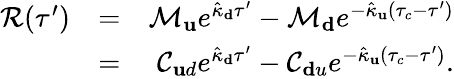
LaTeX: \begin{array}{rlr}{\mathcal{R}(\tau^{\prime})}&{=}&{\mathcal{M}_{\mathbf u}e^{\hat{\kappa}_{\mathbf d}\tau^{\prime}}-\mathcal{M}_{\mathbf d}e^{-\hat{\kappa}_{\mathbf u}(\tau_{c}-\tau^{\prime})}}\\ &{=}&{\mathcal{C}_{\mathbf ud}e^{\hat{\kappa}_{\mathbf d}\tau^{\prime}}-\mathcal{C}_{\mathbf du}e^{-\hat{\kappa}_{\mathbf u}(\tau_{c}-\tau^{\prime})}.}\end{array}